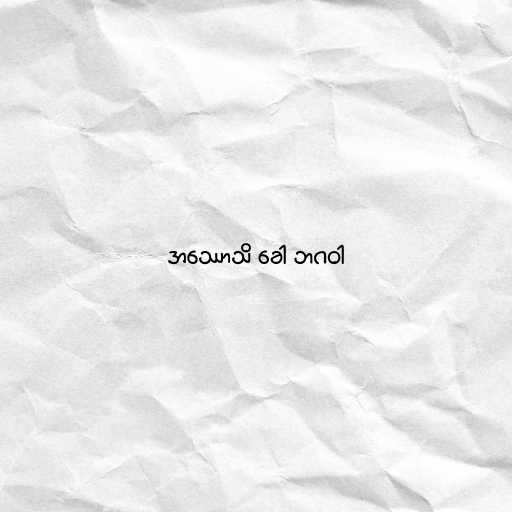
အဿောသိ ခေါ ဘဂဝါ